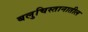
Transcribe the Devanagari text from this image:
बलुचिस्तानातील